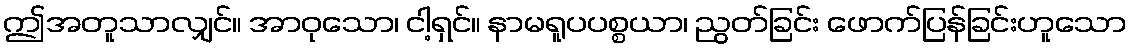
ဤအတူသာလျှင်။ အာဝုသော၊ ငါ့ရှင်။ နာမရူပပစ္စယာ၊ ညွတ်ခြင်း ဖောက်ပြန်ခြင်းဟူသော